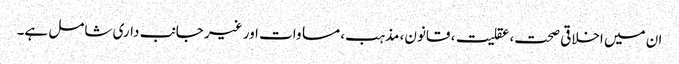
ان میں اخلاقی صحت، عقلیت، قانون، مذہب، مساوات اور غیر جانب داری شامل ہے۔